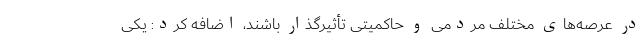
در عرصه‌های مختلف مردمی و حاکمیتی تأثیرگذار باشند، اضافه کرد: یکی